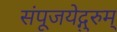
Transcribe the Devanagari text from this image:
संपूजयेद्गुरुम्